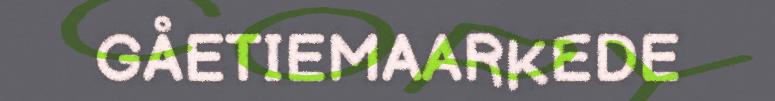
GÅETIEMAARKEDE